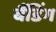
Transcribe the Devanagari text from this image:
बैंडिंग